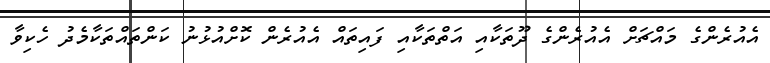
އެއުރެންގެ މައްޗަށް އެއުރެންގެ ދޫތަކާއި އަތްތަކާއި ފައިތައް އެއުރެން ކޮށްއުޅުނު ކަންތައްތަކާމެދު ހެކިވާ